Jaan_Tonisson_(Lasteleht), lk 402
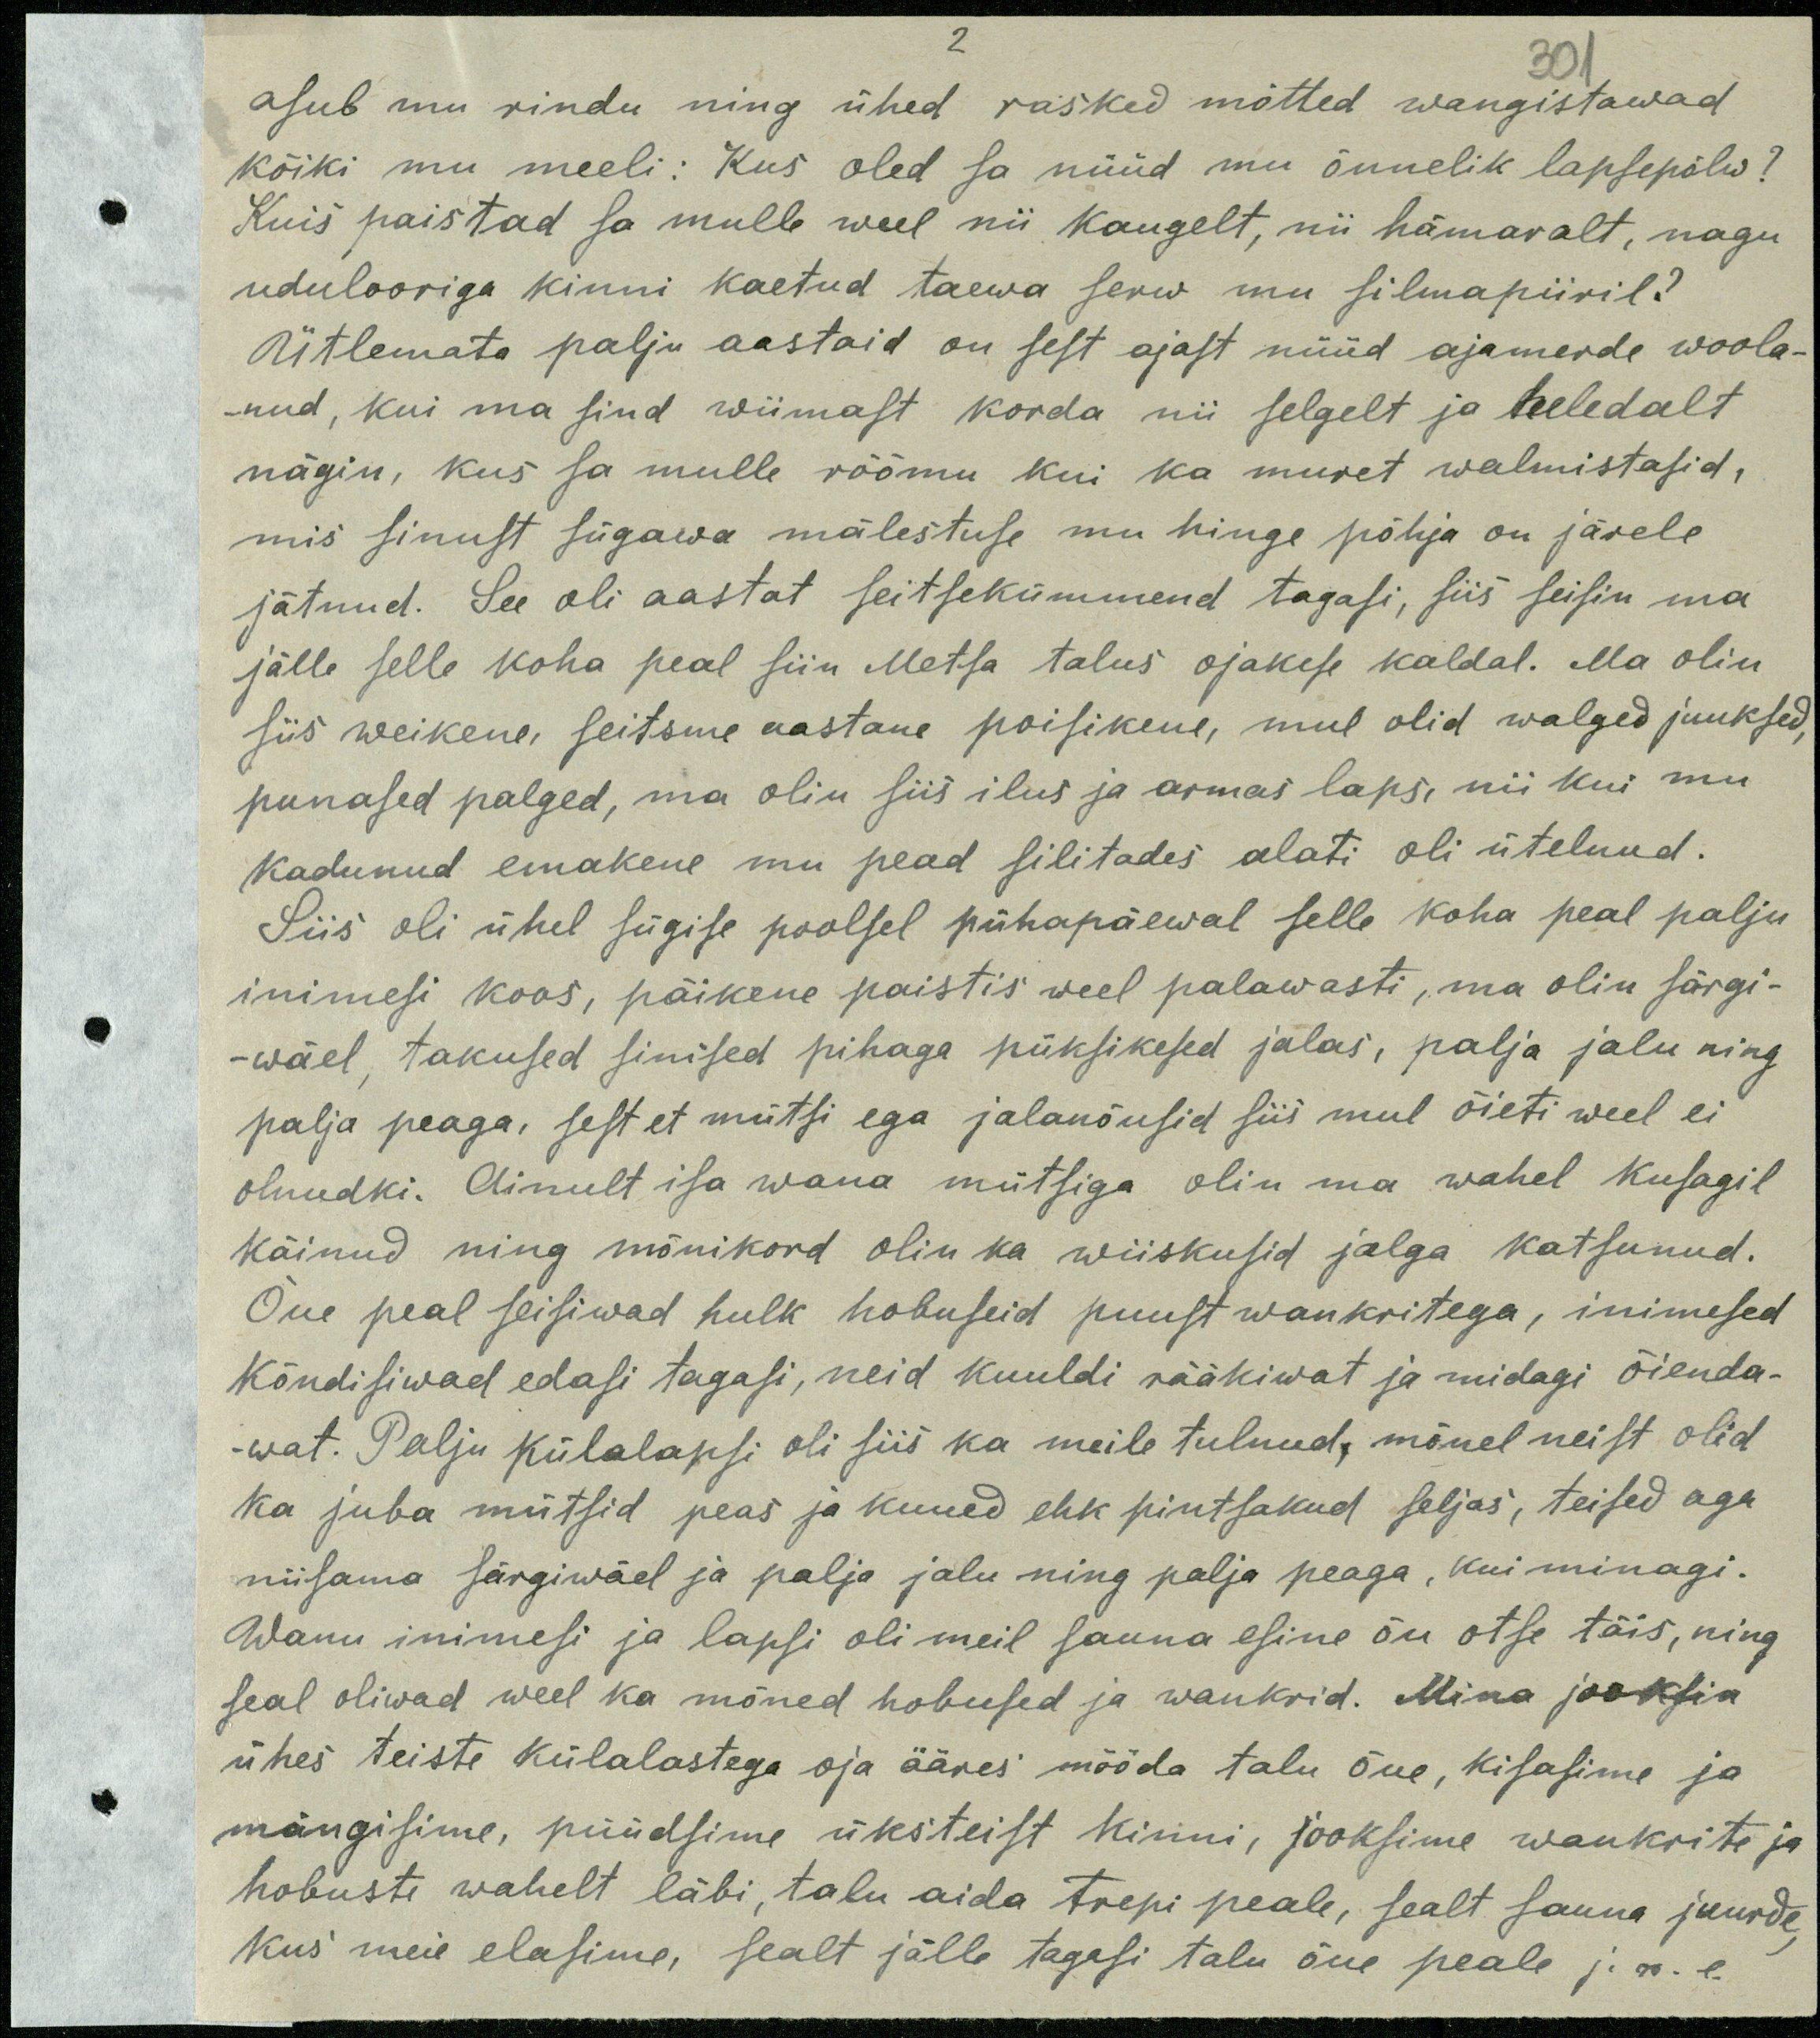
301
asub mu rindu ning ühed rasked mõtted wangistawad.
kõiki mu meeli: Kus oled sa nüüd mu õnnelik lapsepõlw?
Kuis paistad sa mulle weel nii kaugelt, nii hämaralt, nagu
udulooriga kinni kaetud taewa serw mu silmapiiril?
Ütlemata palju aastaid on sest ajast nüüd ajamerde woola-
nud, kui ma sind wiimast korda nii selgelt ja heledalt
nägin, kus sa mulle rõõmu kui ka muret walmistasid,
mis sinust sügawa mälestuse mu hinge põhja on järele
jätnud. See oli aastat seitsekümmend tagasi, siis seisin ma
jälle selle koha peal siin Metsa talus ojakese kaldal. Ma olin
siis weikene seitsme aastane poisikene, mul olid walged juuksed,
punased palged, ma olin siis ilus ja armas laps, nii kui mu
kadunud emakene mu pead silitades alati oli ütelnud.
Siis oli ühel sügise poolsel pühapäewal selle koha peal palju
inimesi koos, päikene paistis weel palawasti, ma olin särgi-
wäel, takused sinised pihaga püksikesed jalas, palja jalu ning
palja peaga, sest et mütsi ega jalanõusid siis mul õieti weel ei
olnudki. Ainult isa wana mütsiga olin ma wahel kusagil
käinud ning mõnikord olin ka wiiskusid jalga katsunud.
Õue peal seisiwad hulk hobuseid puust wankritega, inimesed
Kõndisiwad edasi tagasi, neid kuuldi rääkiwat ja midagi õienda-
wat. Palju külalapsi oli siis ka meile tulnud, mõnel neist olid
ka juba mütsid peas ja kuued ehk pintsakud seljas, teised aga
niisama särgiwäel ja palja jalu ning palja peaga, kui minagi.
Wanu inimesi ja lapsi oli meil sauna esine õu otse täis, ning
seal oliwad weel ka mõned hobused ja wankrid. Mina jooksin
ühes teiste külalastega oja ääres mööda talu õue, kisasime ja
mängisime, püüdsime üksiteist kinni, jooksime wankrite ja
hobuste wahelt läbi, talu aida trepi peale, sealt sauna juurde
kus meie elasime, sealt jälle tagasi talu õue peale j.n.e.